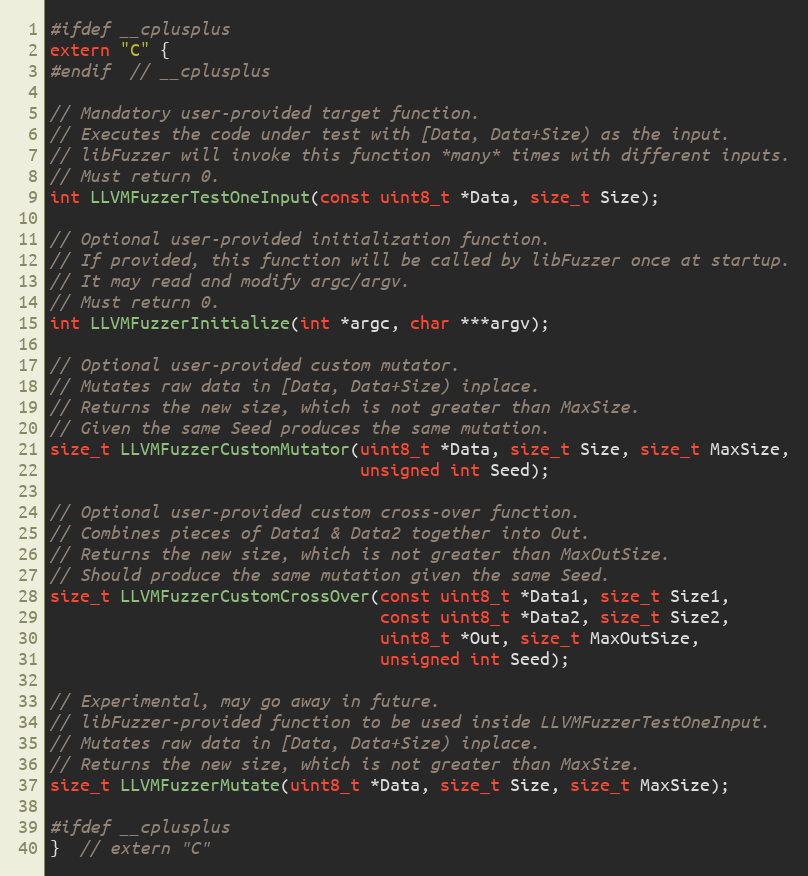
Language: C
#ifdef __cplusplus
extern "C" {
#endif  // __cplusplus

// Mandatory user-provided target function.
// Executes the code under test with [Data, Data+Size) as the input.
// libFuzzer will invoke this function *many* times with different inputs.
// Must return 0.
int LLVMFuzzerTestOneInput(const uint8_t *Data, size_t Size);

// Optional user-provided initialization function.
// If provided, this function will be called by libFuzzer once at startup.
// It may read and modify argc/argv.
// Must return 0.
int LLVMFuzzerInitialize(int *argc, char ***argv);

// Optional user-provided custom mutator.
// Mutates raw data in [Data, Data+Size) inplace.
// Returns the new size, which is not greater than MaxSize.
// Given the same Seed produces the same mutation.
size_t LLVMFuzzerCustomMutator(uint8_t *Data, size_t Size, size_t MaxSize,
                               unsigned int Seed);

// Optional user-provided custom cross-over function.
// Combines pieces of Data1 & Data2 together into Out.
// Returns the new size, which is not greater than MaxOutSize.
// Should produce the same mutation given the same Seed.
size_t LLVMFuzzerCustomCrossOver(const uint8_t *Data1, size_t Size1,
                                 const uint8_t *Data2, size_t Size2,
                                 uint8_t *Out, size_t MaxOutSize,
                                 unsigned int Seed);

// Experimental, may go away in future.
// libFuzzer-provided function to be used inside LLVMFuzzerTestOneInput.
// Mutates raw data in [Data, Data+Size) inplace.
// Returns the new size, which is not greater than MaxSize.
size_t LLVMFuzzerMutate(uint8_t *Data, size_t Size, size_t MaxSize);

#ifdef __cplusplus
}  // extern "C"